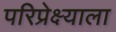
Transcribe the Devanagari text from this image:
परिप्रेक्ष्याला